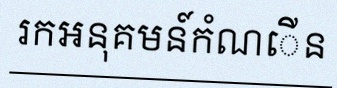
រកអនុគមន៍កំណើន